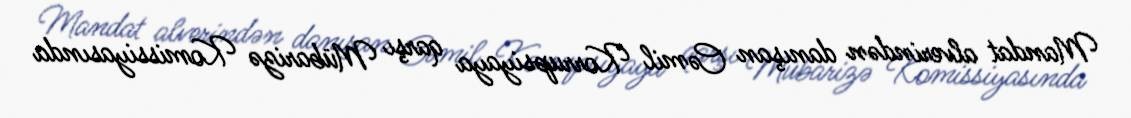
Mandat alverindən danışan Cəmil Korrupsiyaya qarşı Mübarizə Komissiyasında